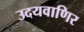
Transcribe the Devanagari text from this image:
उदयवाणिर